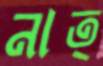
নাত্